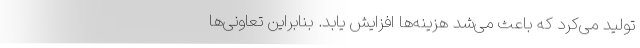
تولید می‌کرد که باعث می‌شد هزینه‌ها افزایش یابد. بنابراین تعاونی‌ها